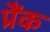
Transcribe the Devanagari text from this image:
प्रैंक